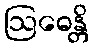
ဩဓေန္တိ